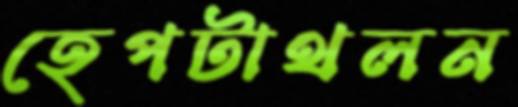
হেপটাথলন